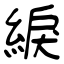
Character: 綟